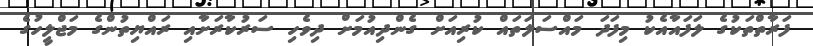
ފަރާތްތަކުގެ ލަފައާއެކު މިފަދަ މައްސަލަތައް ކުރިއަށް ގެންދިއުމަށް ދިވެހި ސަރުކާރަށާއި ރައްޔިތުންގެ މަޖްލީހުގެ